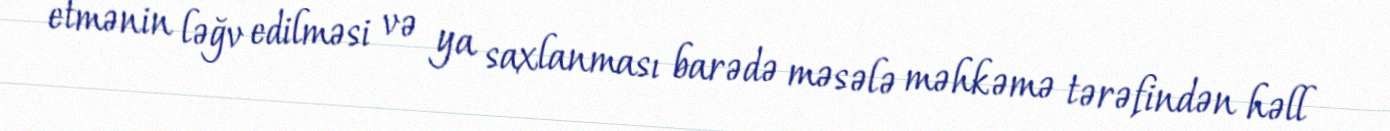
etmənin ləğv edilməsi və ya saxlanması barədə məsələ məhkəmə tərəfindən həll